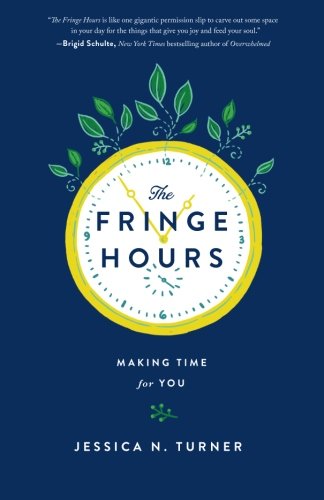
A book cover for The Fringe Hours: Making Time for You; Jessica N. Turner; Self-Help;